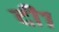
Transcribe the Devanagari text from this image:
दी१